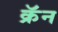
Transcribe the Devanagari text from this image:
क्रॅन